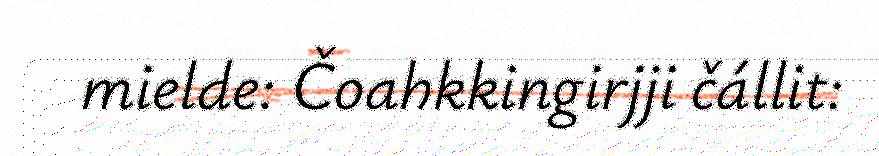
mielde: Čoahkkingirjji čállit: